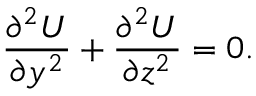
\frac { \partial ^ { 2 } U } { \partial y ^ { 2 } } + \frac { \partial ^ { 2 } U } { \partial z ^ { 2 } } = 0 .